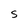
Character: S